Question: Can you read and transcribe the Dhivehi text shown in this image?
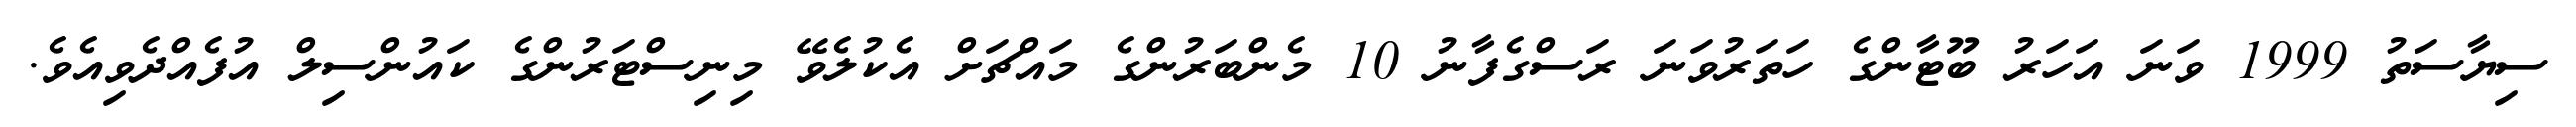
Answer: ސިޔާސަތު 1999 ވަނަ އަހަރު ބޫޓާންގެ ހަތަރުވަނަ ރަސްގެފާނު 10 މެންބަރުންގެ މައްޗަށް އެކުލެވޭ މިނިސްޓަރުންގެ ކައުންސިލް އުފެއްދެވިއެވެ.